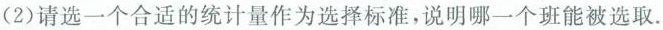
(2)请选一个合适的统计量作为选择标准，说明哪一个班能被选取。